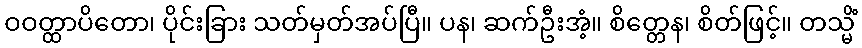
ဝဝတ္ထာပိတော၊ ပိုင်းခြား သတ်မှတ်အပ်ပြီ။ ပန၊ ဆက်ဦးအံ့။ စိတ္တေန၊ စိတ်ဖြင့်။ တသ္မိံ